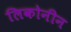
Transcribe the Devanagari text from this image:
लिकोनीन